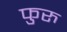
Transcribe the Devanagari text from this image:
फुरु